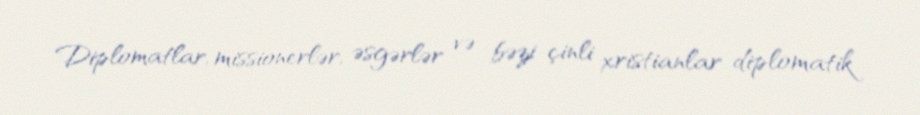
Diplomatlar, missionerlər, əsgərlər və bəzi çinli xristianlar diplomatik